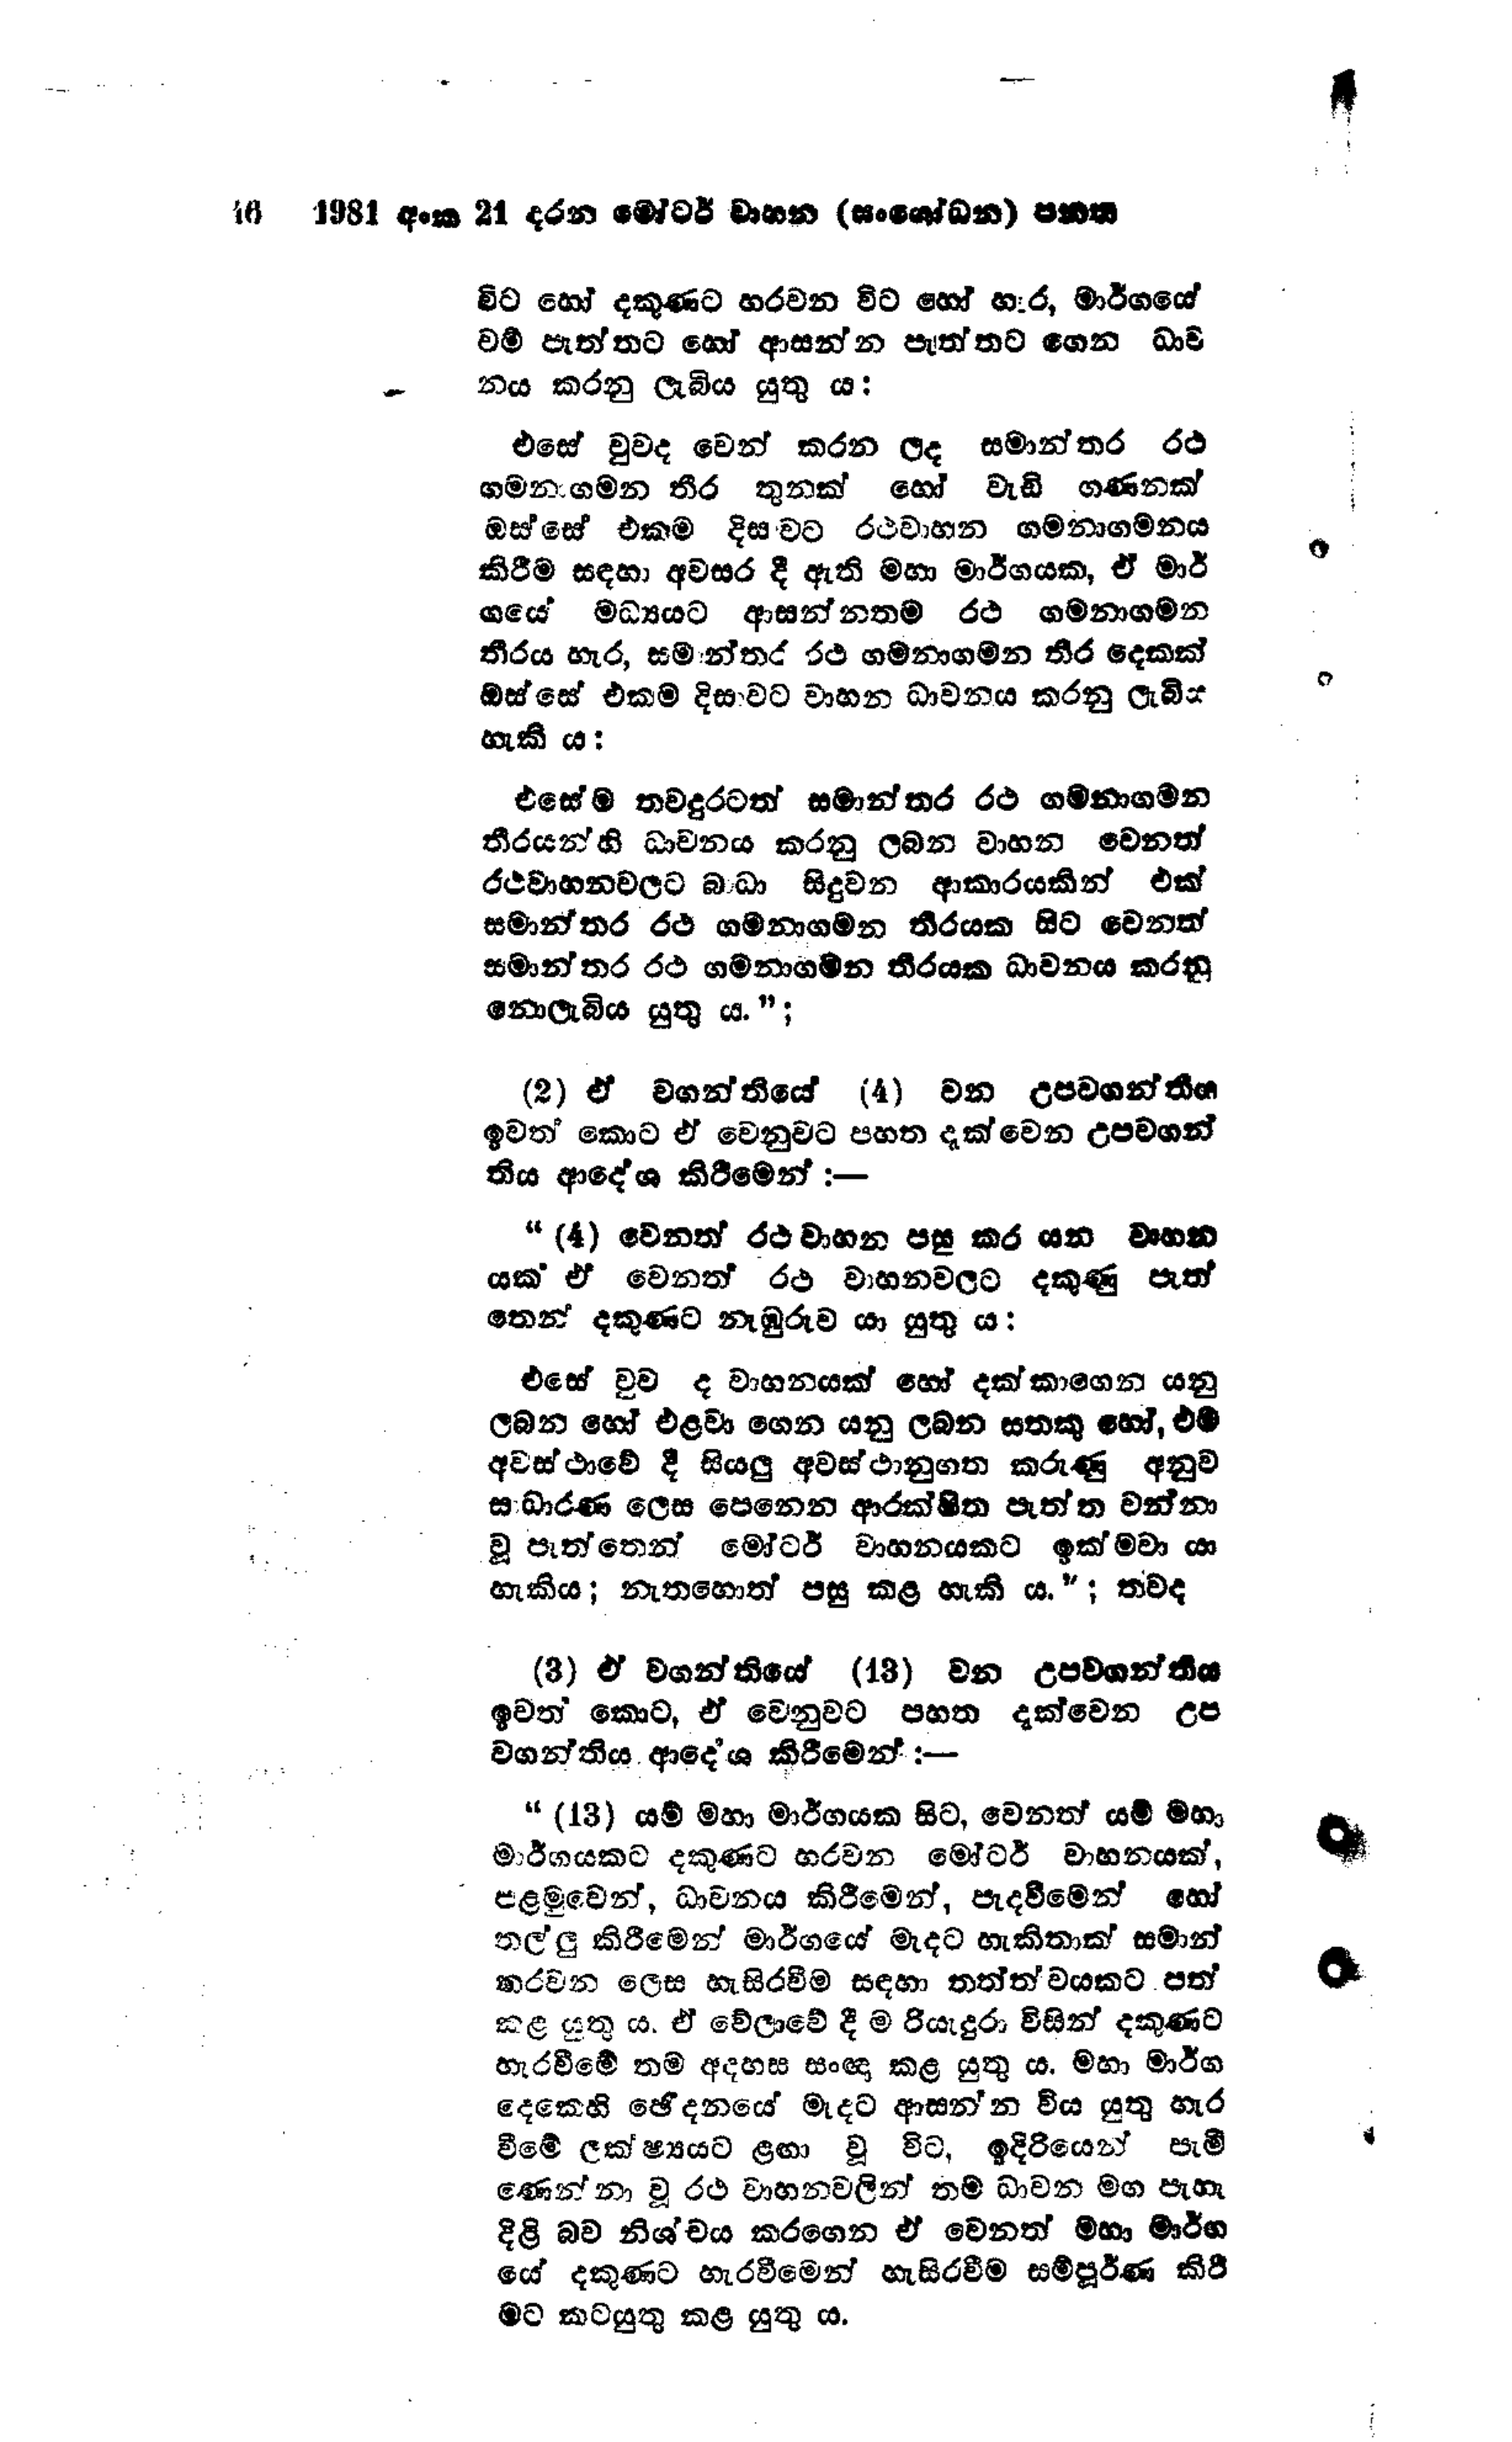
46 1981 අංක 21 දරන මෝටර් වාහන (සංශෝධන) පනත

විට හෝ දකුණට හරවන විට හෝ හැර, මාර්ගයේ
වම් පැත්තට හෝ ආසන්න පැත්තට ගෙන ධාව
නය කරනු ලැබිය යුතු ය:

එසේ වුව ද වෙන් කරන ලද සමාන්තර රථ
ගමනාගමන තීර තුනක් හෝ වැඩි ගණනක්
ඔස්සේ එකම දිසාවට රථවාහන ගමනාගමනය
කිරීම සඳහා අවසර දී ඇති මහා මාර්ගයක, ඒ මාර්
ගයේ මධ්‍යයට ආසන්නතම රථ ගමනාගමන
තීරය හැර, සමාන්තර රථ ගමනාගමන තීර දෙකක්
ඔස්සේ එකම දිසාවට වාහන ධාවනය කරනු ලැබිය
හැකි ය:

එසේම තවදුරටත් සමාන්තර රථ ගමනාගමන
තීරයන්හි ධාවනය කරනු ලබන වාහන වෙනත්
රථවාහනවලට බාධා සිදුවන ආකාරයකින් එක්
සමාන්තර රථ ගමනාගමන තීරයක සිට වෙනත්
සමාන්තර රථ ගමනාගමන තීරයක ධාවනය කරනු
නොලැබිය යුතු ය.";

(2) ඒ වගන්තියේ (4) වන උපවගන්තිය
ඉවත් කොට ඒ වෙනුවට පහත දැක්වෙන උපවගන්
තිය ආදේශ කිරීමෙන් :—

"(4) වෙනත් රථ වාහන පසු කර යන වාහන
යක ඒ වෙනත් රථ වාහනවලට දකුණු පැත්
තෙන් දකුණට නැඹුරුව යා යුතු ය:

එසේ වුව ද වාහනයක් හෝ දක්කාගෙන යනු
ලබන හෝ එළවා ගෙන යනු ලබන සතකු හෝ, එම
අවස්ථාවේ දී සියලු අවස්ථානුගත කරුණු අනුව
සාධාරණ ලෙස පෙනෙන ආරක්ෂිත පැත්ත වන්නා
වූ පැත්තෙන් මෝටර් වාහනයකට ඉක්මවා යා
හැකිය; නැතහොත් පසු කළ හැකි ය."; තවද

(3) ඒ වගන්තියේ (13) වන උපවගන්තිය
ඉවත් කොට, ඒ වෙනුවට පහත දැක්වෙන උප
වගන්තිය ආදේශ කිරීමෙන් :—

"(13) යම් මහා මාර්ගයක සිට, වෙනත් යම් මහා
මාර්ගයකට දකුණට හරවන මෝටර් වාහනයක්,
පළමුවෙන්, ධාවනය කිරීමෙන්, පැදවීමෙන් හෝ
තල්ලු කිරීමෙන් මාර්ගයේ මැදට හැකිතාක් සමාන්
කරවන ලෙස හැසිරවීම සඳහා තත්ත්වයකට පත්
කළ යුතුය. ඒ වේලාවේ දී ම රියැදුරා විසින් දකුණට
හැරවීමේ තම අදහස සංඥා කළ යුතු ය. මහා මාර්ග
දෙකෙහි ඡෙදනයේ මැදට ආසන්න විය යුතු හැර
වීමේ ලක්ෂ්‍යයට ළඟා වූ විට, ඉදිරියෙන් පැමි
ණෙන්නා වූ රථ වාහන වලින් තම ධාවන මග පැහැ
දිළි බව නිශ්චය කරගෙන ඒ වෙනත් මහා මාර්ග
යේ දකුණට හැරවීමෙන් හැසිරවීම සම්පූර්ණ කිරී
මට කටයුතු කළ යුතුය.